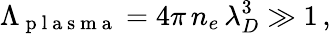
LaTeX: \Lambda_{\mathrm{~p~l~a~s~m~a~}}=4\pi\, n_{e}\, \lambda_{D}^{3}\gg 1\, ,